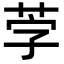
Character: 茡